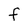
Character: f